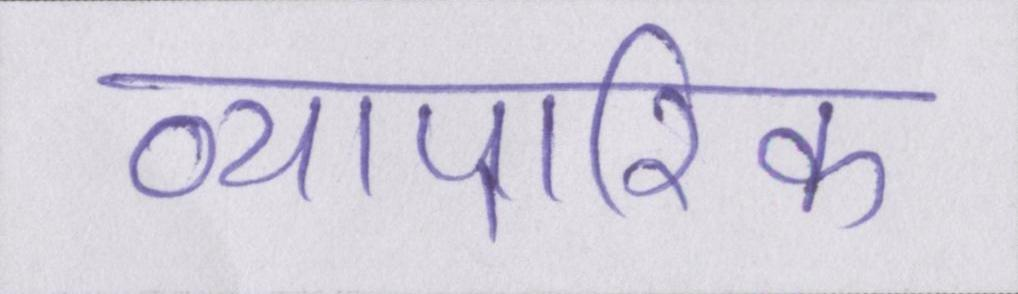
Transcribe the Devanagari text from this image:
व्यापारिक